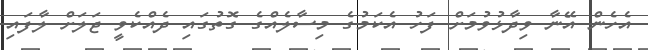
އެހެން އޭނާ ވިދާޅުވުމަށް ފަހު އެކަމުގެ މިސާލެއްގެ ގޮތުގައި ދެއްކެވީ ޖަލަށް ލާފައި